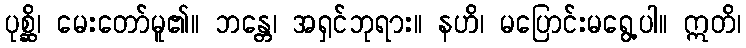
ပုစ္ဆိ၊ မေးတော်မူ၏။ ဘန္တေ၊ အရှင်ဘုရား။ နဟိ၊ မပြောင်းမရွေ့ပါ။ ဣတိ၊